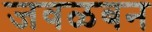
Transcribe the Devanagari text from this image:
जवळबन